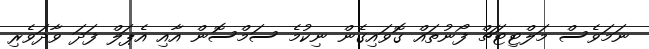
ނަމަވެސް މަލްޓިޓަޗް ފޯނުތައް ގޮވައިގެން ނިކުމެ ސަމްސޮން އާއި އެޕަލް ފަދަ ވާދަވެރި